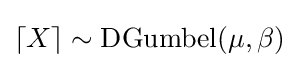
\lceil X\rceil \sim \mathrm {DGumbel} (\mu ,\beta )